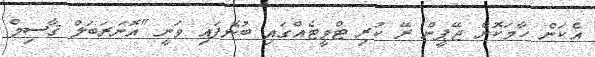
އެކަން ހާމަކޮށް ޖޭޕީން ރޭ ކުރި ޓްވީޓެއްގައި ބުނެފައި ވަނީ "އޮނަރަބަލް ޤާސިމް